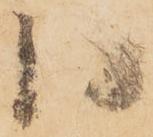
同